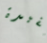
مفيدة